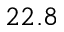
2 2 . 8